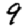
Digit: 9